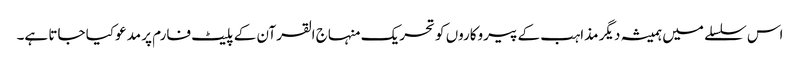
اس سلسلے میں ہمیشہ دیگر مذاہب کے پیروکاروں کو تحریک منہاج القرآن کے پلیٹ فارم پر مدعو کیا جاتا ہے۔